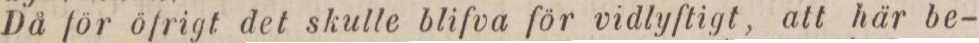
Då för öfrigt det skulle blifva för vidlyftigt, att här be-